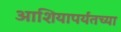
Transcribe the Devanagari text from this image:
आशियापर्यंतच्या